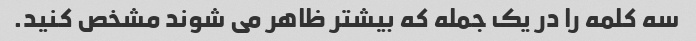
سه کلمه را در یک جمله که بیشتر ظاهر می شوند مشخص کنید.